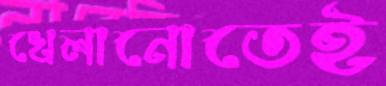
খেলানোতেই